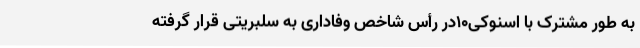
به طور مشترک با اسنوکی۱۰در رأسِ شاخصِ وفاداری به سلبریتی قرار گرفته